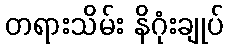
တရားသိမ်း နိဂုံးချုပ်